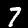
Label: 7